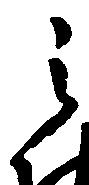
之